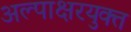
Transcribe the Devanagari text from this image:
अल्पाक्षरयुक्त